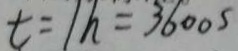
t = 1 h = 3 6 0 0 s